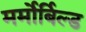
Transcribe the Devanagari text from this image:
मर्मोर्बिल्ड